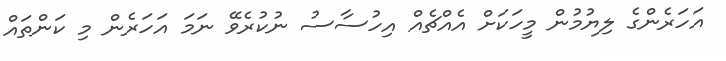
އަހަރެންގެ ލިޔުމުން މީހަކަށް އެއްޗެއް އިހުސާސު ނުކުރެވޭ ނަމަ އަހަރެން މި ކަންތައް